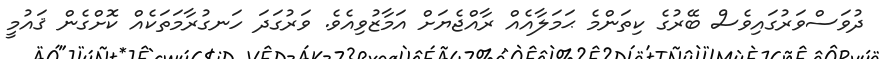
ދުވަސްވަރުގައިވެސް ބޭރުގެ ކިތަންމެ ޙަމަލާއެއް ރާއްޖެޔަށް އަމާޒުވިއެވެ. ވަރުގަދަ ހަނގުރާމަތަކެއް ކޮށްގެން ޤައުމީ